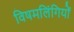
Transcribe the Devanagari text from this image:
विषमलिंगियों